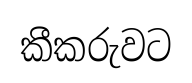
කීකරුවට